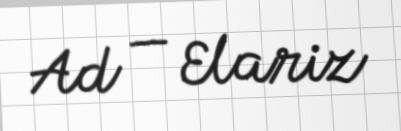
Ad — Elariz